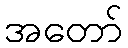
အတော်